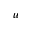
u